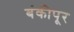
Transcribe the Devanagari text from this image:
बंकीपूर